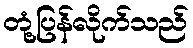
တုံ့ပြန်လိုက်သည်